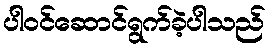
ပါဝင်ဆောင်ရွက်ခဲ့ပါသည်